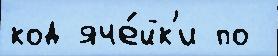
код яче́йк'и по